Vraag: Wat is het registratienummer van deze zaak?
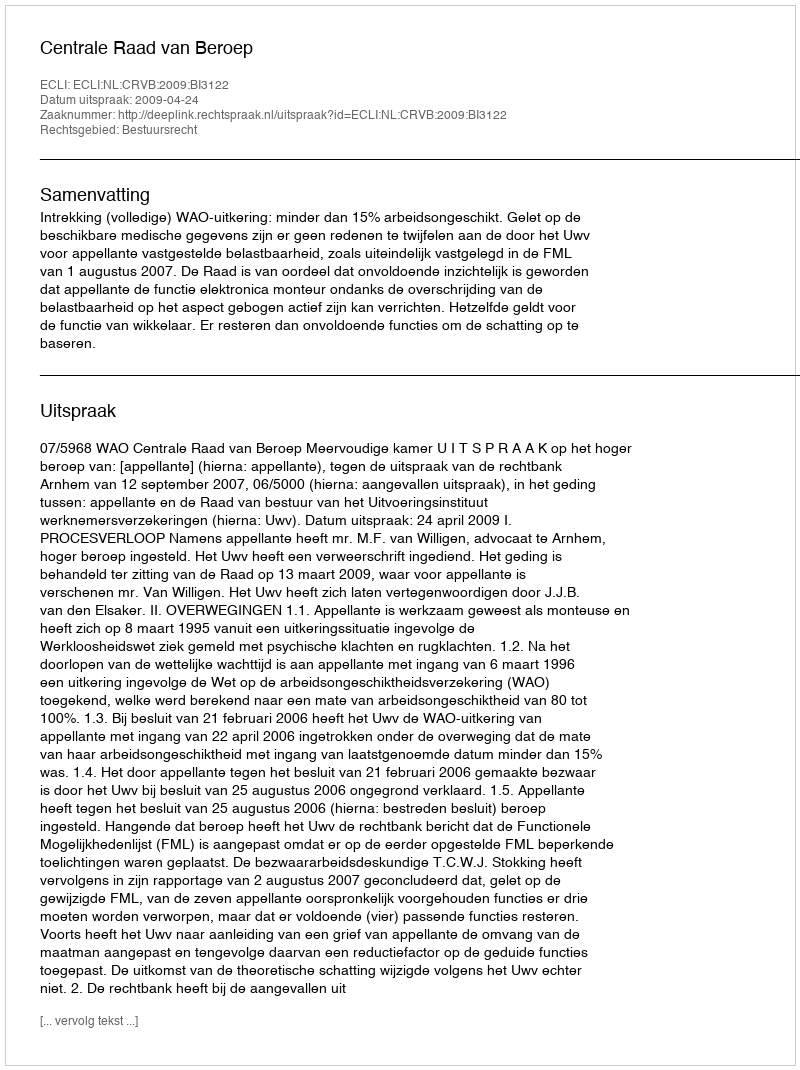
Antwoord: http://deeplink.rechtspraak.nl/uitspraak?id=ECLI:NL:CRVB:2009:BI3122